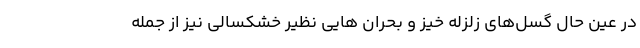
در عین حال گسل‌های زلزله خیز و بحران هایی نظیر خشکسالی نیز از جمله